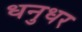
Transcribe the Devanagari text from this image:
धनुधर